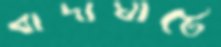
বাদাঘাটে